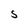
Character: 5